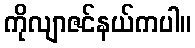
ကိုလျာဇင်နယ်ကပါ။